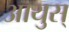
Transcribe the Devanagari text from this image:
आयुस्‌